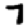
Digit: 7